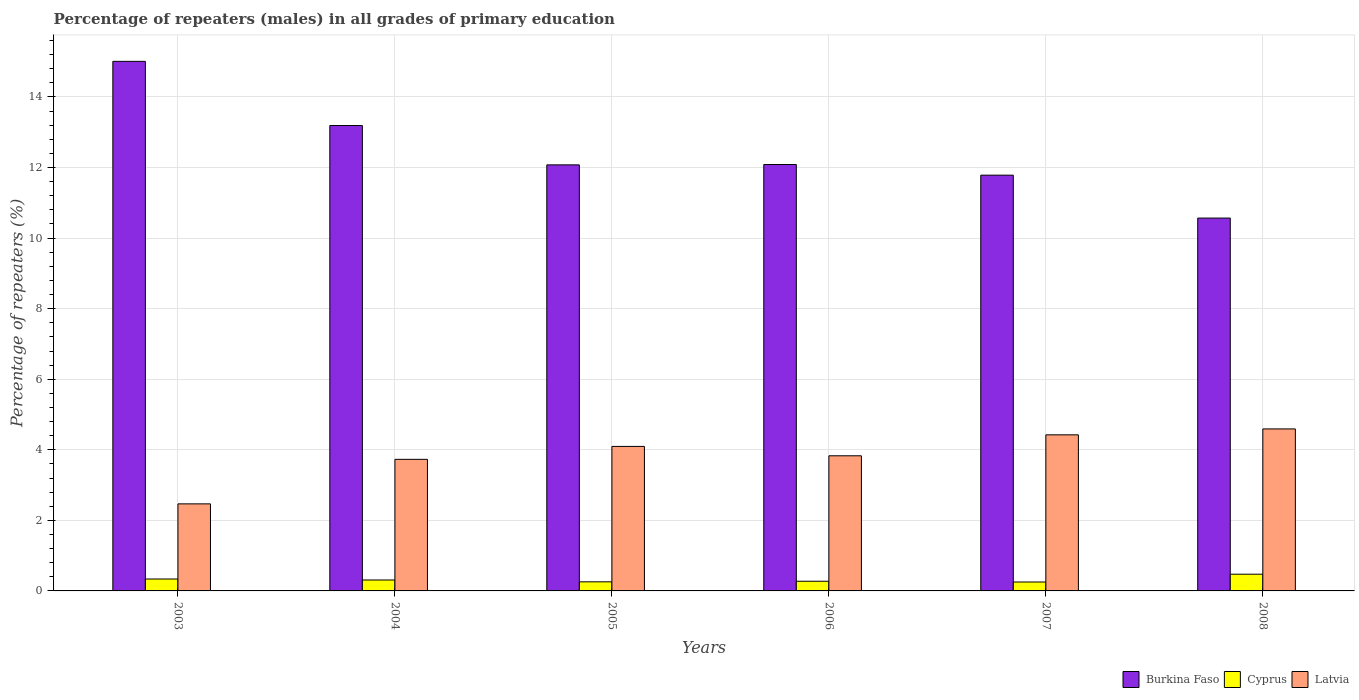
| Years | Burkina Faso | Cyprus | Latvia |
 | --- | --- | --- | --- |
 | 2003 | 15 | 0.338 | 2.47 |
 | 2004 | 13.2 | 0.31 | 3.73 |
 | 2005 | 12.1 | 0.258 | 4.1 |
 | 2006 | 12.1 | 0.275 | 3.83 |
 | 2007 | 11.8 | 0.253 | 4.42 |
 | 2008 | 10.6 | 0.474 | 4.59 |